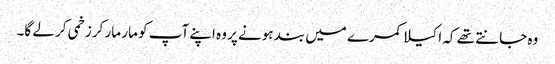
وہ جانتے تھے کہ اکیلا کمرے میں بند ہونے پر وہ اپنے آپ کو مار مار کر زخمی کر لے گا۔